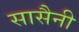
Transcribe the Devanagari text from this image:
सासैनी